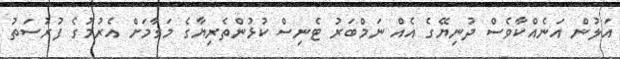
އަލުން އަނެއްކާވެސް ދުނިޔޭގެ އެއް ނަމްބަރު ޓެނިސް ކުޅުންތެރިޔާގެ މަގާމަށް އެރުމުގެ ފުރުސަތު